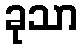
ခုသာ